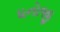
ધનોજી